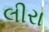
લીરા